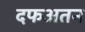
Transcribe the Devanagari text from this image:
दफअतन